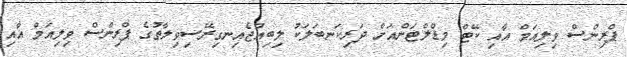
ޕްރިންސް ވިލިއަމް އާއި ކޭޓް މިޑްލްޓަންއަށް ދަރިކަނބަލަކު ލިބިއްޖެއިނގިރޭސިވިލާތުގެ ޕްރިންސް ވިލިއަމް އާއި